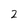
Character: 2